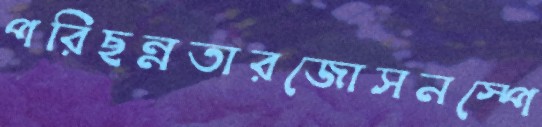
পরিছন্নতারজোসনস্পে